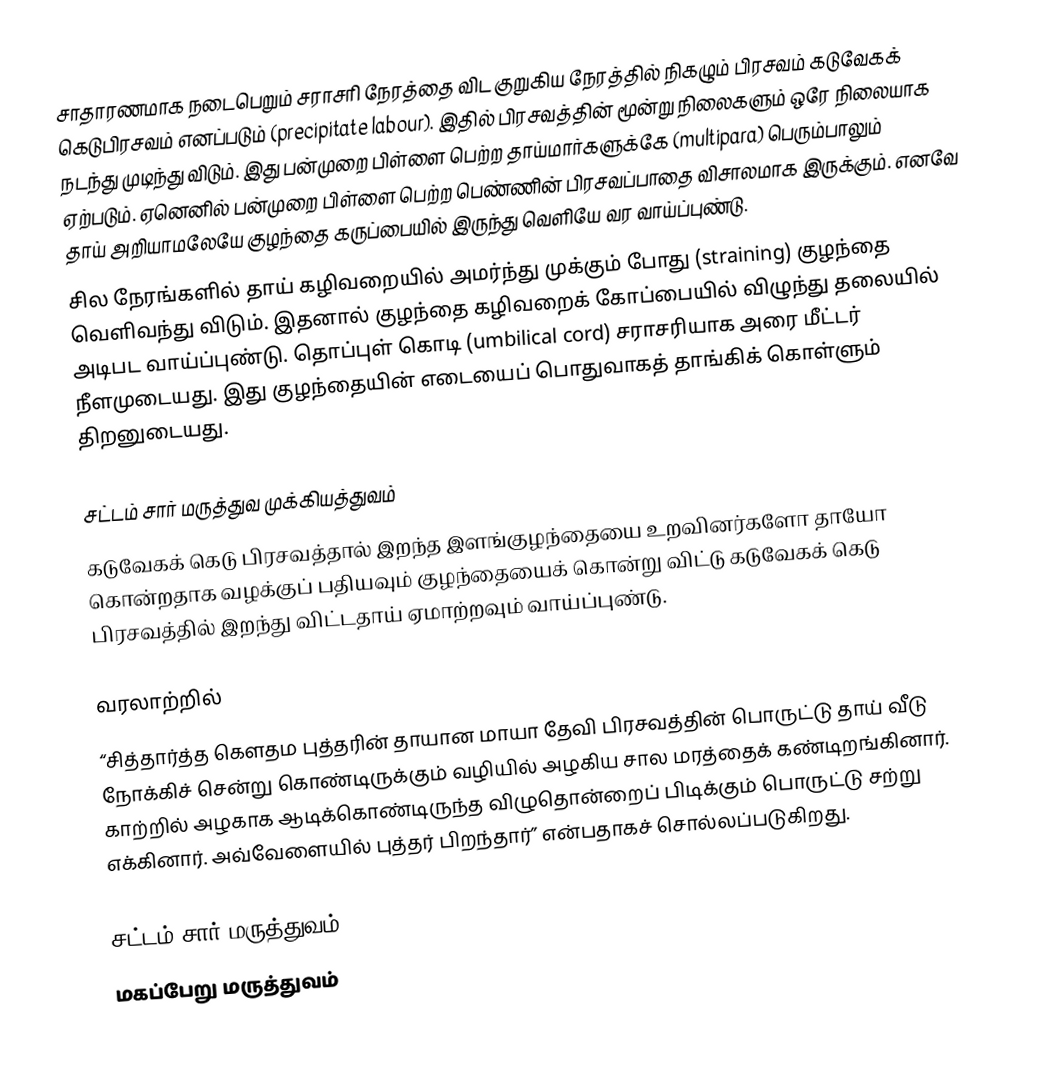
சாதாரணமாக நடைபெறும் சராசரி நேரத்தை விட குறுகிய நேரத்தில் நிகழும் பிரசவம் கடுவேகக் கெடுபிரசவம் எனப்படும் (precipitate labour). இதில் பிரசவத்தின் மூன்று நிலைகளும் ஒரே நிலையாக நடந்து முடிந்து விடும். இது பன்முறை பிள்ளை பெற்ற தாய்மார்களுக்கே (multipara) பெரும்பாலும் ஏற்படும். ஏனெனில் பன்முறை பிள்ளை பெற்ற பெண்ணின் பிரசவப்பாதை விசாலமாக இருக்கும். எனவே தாய் அறியாமலேயே குழந்தை கருப்பையில் இருந்து வெளியே வர வாய்ப்புண்டு.
சில நேரங்களில் தாய் கழிவறையில் அமர்ந்து முக்கும் போது (straining) குழந்தை வெளிவந்து விடும். இதனால் குழந்தை கழிவறைக் கோப்பையில் விழுந்து தலையில் அடிபட வாய்ப்புண்டு. தொப்புள் கொடி (umbilical cord) சராசரியாக அரை மீட்டர் நீளமுடையது. இது குழந்தையின் எடையைப் பொதுவாகத் தாங்கிக் கொள்ளும் திறனுடையது.

சட்டம் சார் மருத்துவ முக்கியத்துவம்
கடுவேகக் கெடு பிரசவத்தால் இறந்த இளங்குழந்தையை உறவினர்களோ தாயோ கொன்றதாக வழக்குப் பதியவும் குழந்தையைக் கொன்று விட்டு கடுவேகக் கெடு பிரசவத்தில் இறந்து விட்டதாய் ஏமாற்றவும் வாய்ப்புண்டு.

வரலாற்றில்
“சித்தார்த்த கௌதம புத்தரின் தாயான மாயா தேவி பிரசவத்தின் பொருட்டு தாய் வீடு நோக்கிச் சென்று கொண்டிருக்கும் வழியில் அழகிய சால மரத்தைக் கண்டிறங்கினார். காற்றில் அழகாக ஆடிக்கொண்டிருந்த விழுதொன்றைப் பிடிக்கும் பொருட்டு சற்று எக்கினார். அவ்வேளையில் புத்தர் பிறந்தார்” என்பதாகச் சொல்லப்படுகிறது.

சட்டம் சார் மருத்துவம்
மகப்பேறு மருத்துவம்